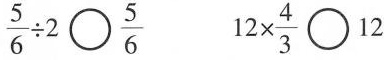
$$\frac { 5 } { 6 } \div 2 \bigcirc \frac { 5 } { 6 }$$ $$1 2 \times \frac { 4 } { 3 } \bigcirc 1 2$$